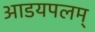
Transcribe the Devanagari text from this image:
आडयपलम्‌